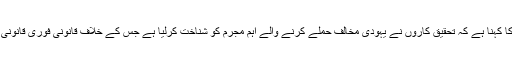
مقامی خبر رساں ادارے کا کہنا ہے کہ تحقیق کاروں نے یہودی مخالف حملے کرنے والے اہم مجرم کو شناخت کرلیا ہے جس کے خلاف قانونی فوری قانونی کارروائی کی جائے گی۔